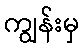
ကျွန်းမှ